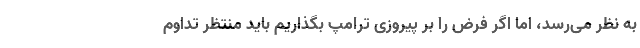
به نظر می‌رسد، اما اگر فرض را بر پیروزی ترامپ بگذاریم باید منتظر تداوم